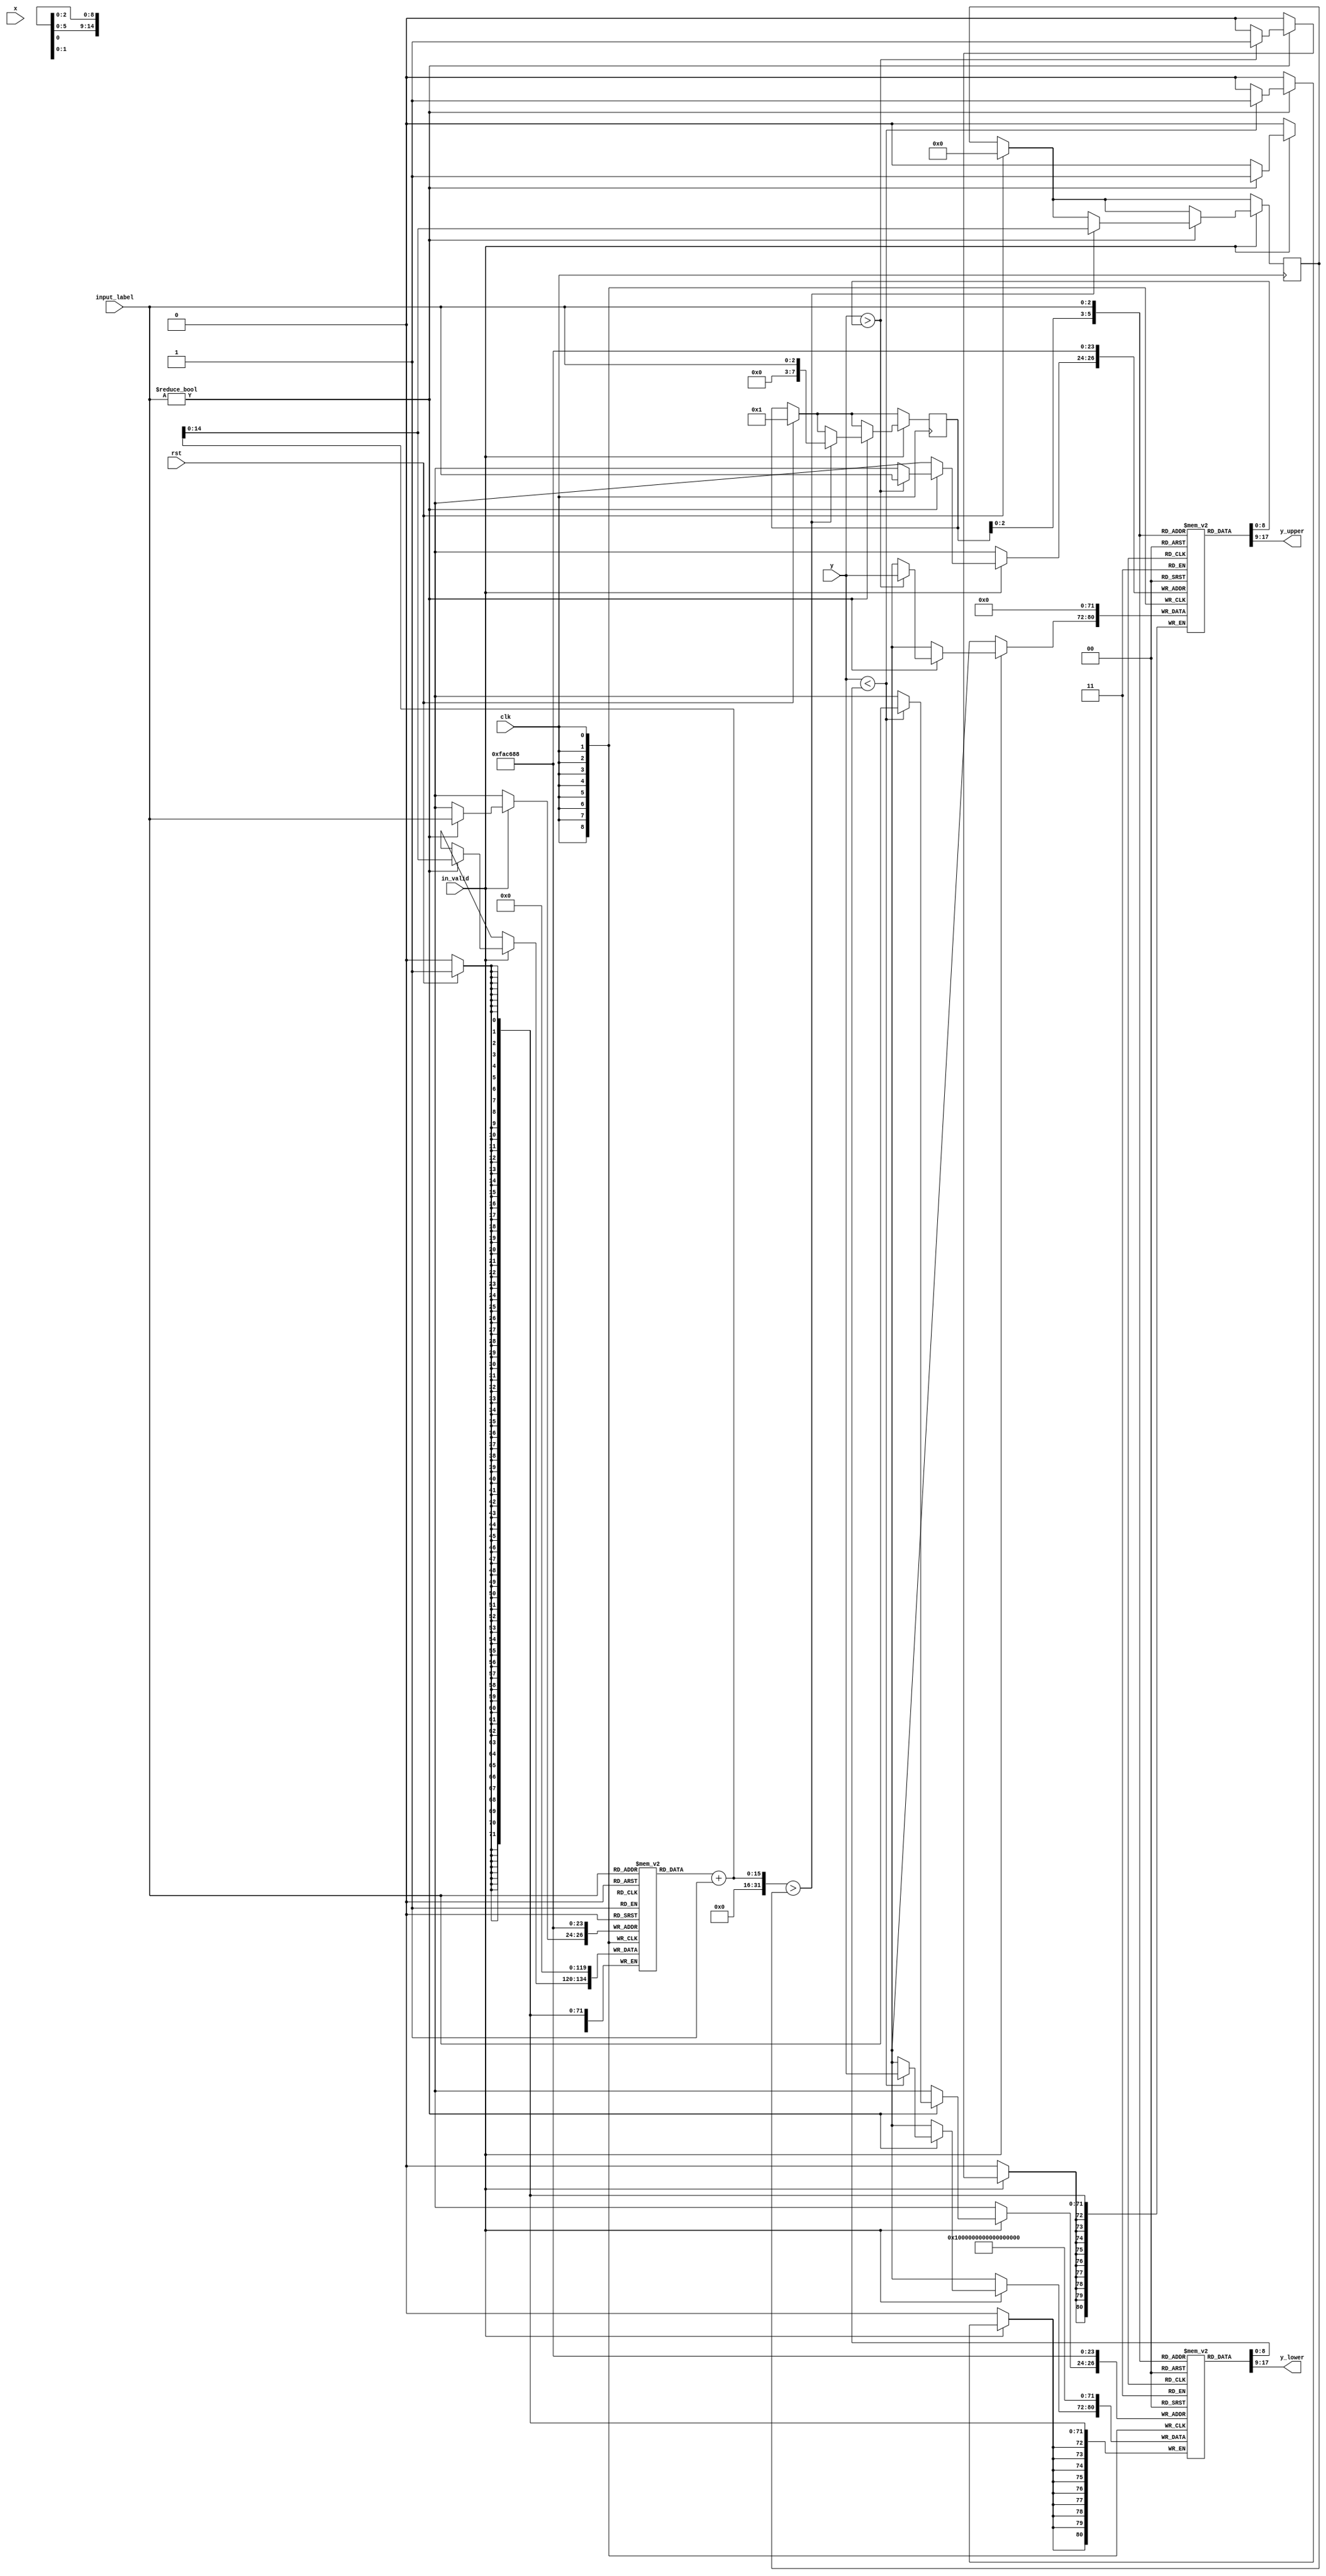
module LABEL_CONTROL#(
    parameter NUM_ADDR_BITS_X = 10,
    parameter NUM_ADDR_BITS_Y = 9 // 9 bits needed for 480 lines
) (
    input wire                              clk,
    input wire [2:0]                        input_label,
    input wire                              in_valid,
    input wire [NUM_ADDR_BITS_X-1:0]        x, //x coordinate of pixel
    input wire [NUM_ADDR_BITS_Y-1:0]        y, //y coordinate of pixel
    input wire                              rst,

    output wire [NUM_ADDR_BITS_Y-1:0]       y_lower, 
    output wire [NUM_ADDR_BITS_Y-1:0]       y_upper         
);

integer j;

// number of pixels under each label
reg [14:0] label_pixel_num [7:0];
// y_min and y_max for each label
reg [NUM_ADDR_BITS_Y-1:0] y_min [7:0];
reg [NUM_ADDR_BITS_Y-1:0] y_max [7:0];

reg [14:0] curr_high_label_pixel_num;
initial curr_high_label_pixel_num = 0;
reg [7:0] curr_high_label;
initial curr_high_label = 1;

assign y_lower = y_min[curr_high_label];
assign y_upper = y_max[curr_high_label];
    
always@(posedge clk) begin
    if (rst) begin
        for (j=0; j < 8; j=j+1) begin
            label_pixel_num[j] <= 15'b0; //reset array
            y_min[j] <= {NUM_ADDR_BITS_Y{1'b1}};
            y_max[j] <= {NUM_ADDR_BITS_Y{1'b0}};
        end
        curr_high_label_pixel_num <= 15'b0;
        curr_high_label <= 1;
    end
    if (in_valid) begin
        // update label array when there is new input label passed to this module
        if (input_label != 0) begin
            label_pixel_num[input_label] <=  label_pixel_num[input_label] + 1;
            if (label_pixel_num[input_label] + 1 >  curr_high_label_pixel_num) begin
                curr_high_label_pixel_num <= label_pixel_num[input_label] + 1;
                curr_high_label <= input_label;
            end
            if (y < y_min[input_label]) y_min[input_label] <= y;
            if (y > y_max[input_label]) y_max[input_label] <= y;

        end
    end
end


endmodule